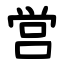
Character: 営